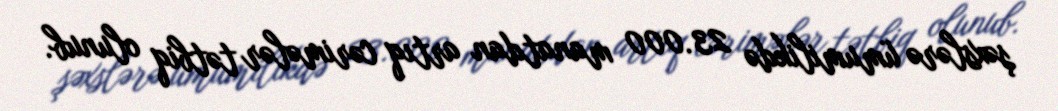
şəxslərə ümumilikdə 23.000 manatdan artıq cərimələr tətbiq olunub.